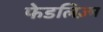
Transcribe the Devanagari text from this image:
फेडलिज़्म